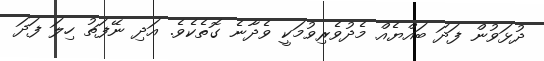
ދުޅަވުން ފަދަ ބައްޔެއް މެދުވެރިވުމަކީ ވެދާނެ ގޮތެކެވެ. އަދި ނޭފަތު ހިލަ ފަދަ